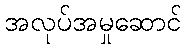
အလုပ်အမှုဆောင်